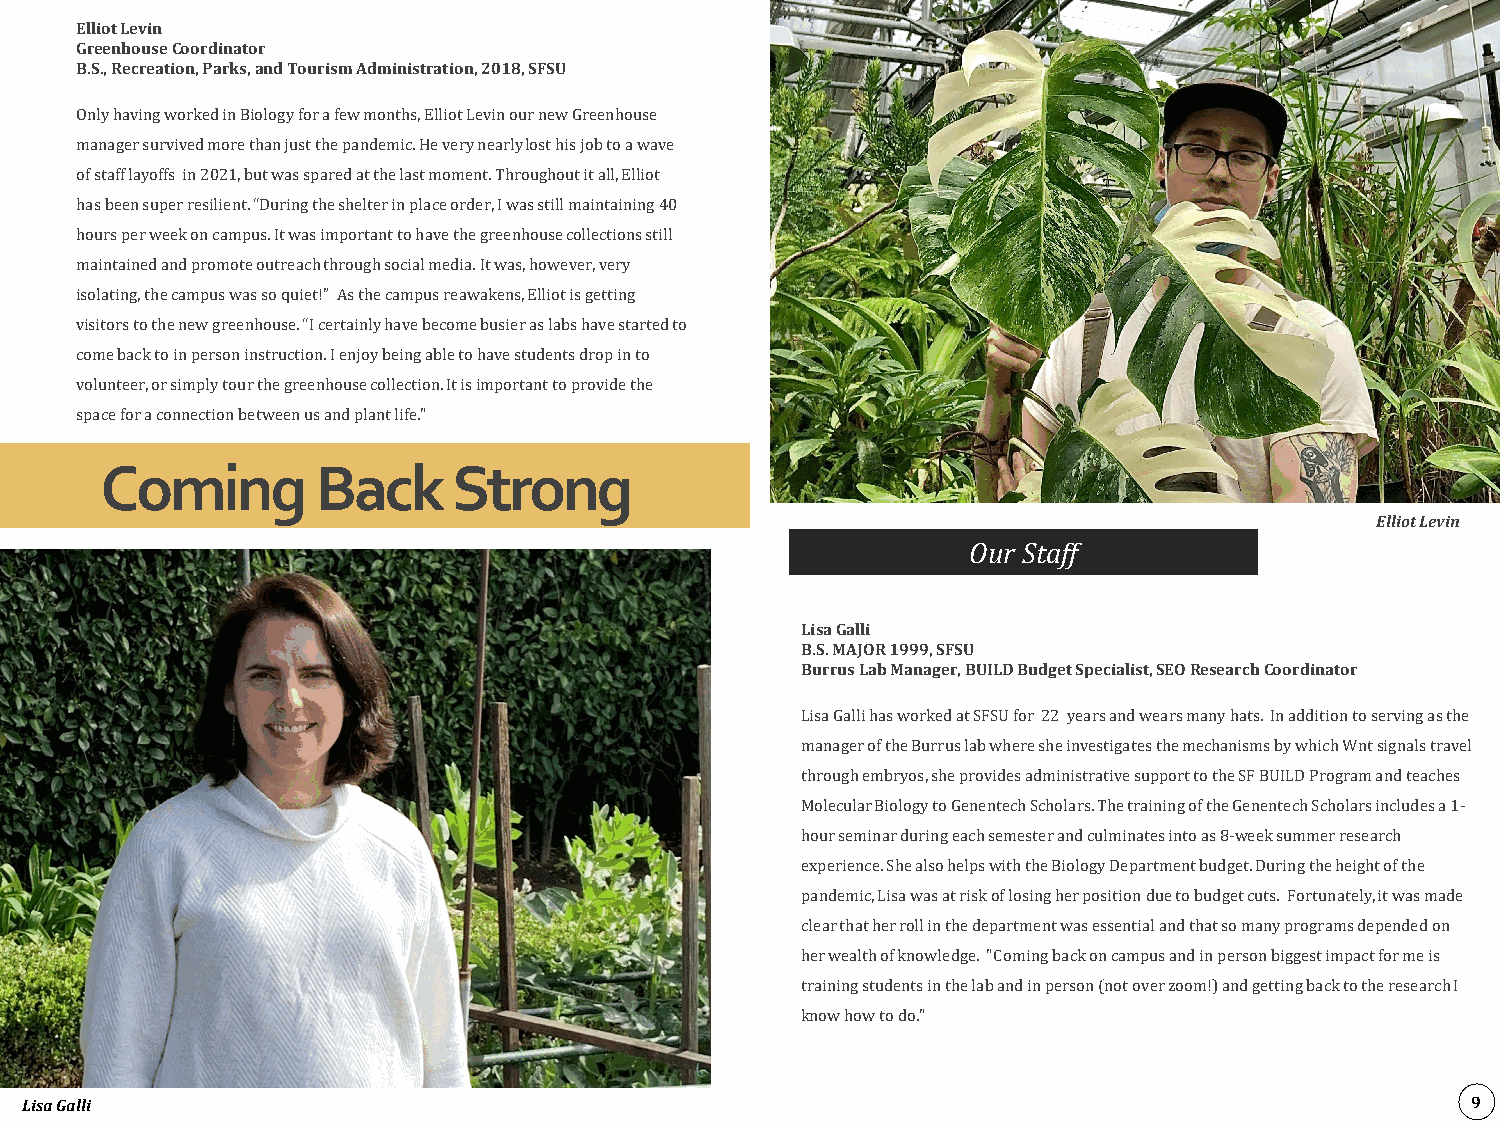
Elliot Levin
 Greenhouse Coordinator
 B.S., Recreation, Parks, and Tourism Administration, 2018, SFSU
 Only having worked in Biology for a few months, Elliot Levin our new Greenhouse
 manager survived more than just the pandemic. He very nearly lost his job to a wave
 of staff layoffs in 2021, but was spared at the last moment. Throughout it all, Elliot
 has been super resilient. “During the shelter in place order, I was still maintaining 40
 hours per week on campus. It was important to have the greenhouse collections still
 maintained and promote outreach through social media. It was, however, very
 isolating, the campus was so quiet!” As the campus reawakens, Elliot is getting
 visitors to the new greenhouse. “I certainly have become busier as labs have started to
 come back to in person instruction. I enjoy being able to have students drop in to
 volunteer, or simply tour the greenhouse collection. It is important to provide the
 space for a connection between us and plant life."
 Coming        Back     Strong
 Elliot Levin
 Our Staff
 Lisa Galli
 B.S. MAJOR 1999, SFSU
 Burrus Lab Manager, BUILD Budget Specialist, SEO Research Coordinator
 Lisa Galli has worked at SFSU for 22 years and wears many hats. In addition to serving as the
 manager of the Burrus lab where she investigates the mechanisms by which Wntsignals travel
 through embryos, she provides administrative support to the SF BUILD Program and teaches
 Molecular Biology to Genentech Scholars. The training of the Genentech Scholars includes a 1-
 hour seminar during each semester and culminates into as 8-week summer research
 experience. She also helps with the Biology Department budget. During the height of the
 pandemic, Lisa was at risk of losing her position due to budget cuts. Fortunately, it was made
 clear that her roll in the department was essential and that so many programs depended on
 her wealth of knowledge. "Coming back on campus and in person biggest impact for me is
 training students in the lab and in person (not over zoom!) and getting back to the research I
 know how to do."
 Lisa Galli                                                                                      9